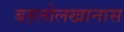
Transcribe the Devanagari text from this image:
बहलोलखानास